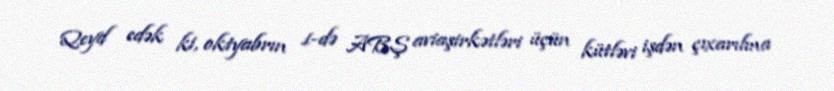
Qeyd edək ki, oktyabrın 1-də ABŞ aviaşirkətləri üçün kütləvi işdən çıxarılma